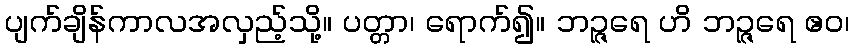
ပျက်ချိန်ကာလအလှည့်သို့။ ပတ္တာ၊ ရောက်၍။ ဘဉ္ဇရေ ဟိ ဘဉ္ဇရေ ဧဝ၊